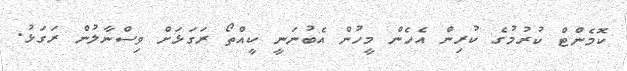
ކޮމެންޓް ކުރުމުގެ ކުރިން އެހެން މީހުން އެބުނަނީ ކީއްތޯ ރަގަޅަށް ވިސްނާލުން ރަގަޅު.